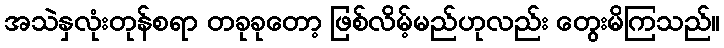
အသဲနှလုံးတုန်စရာ တခုခုတော့ ဖြစ်လိမ့်မည်ဟုလည်း တွေးမိကြသည်။